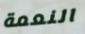
النعمة